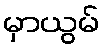
မှာယွမ်